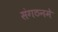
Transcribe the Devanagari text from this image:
संगठनमे